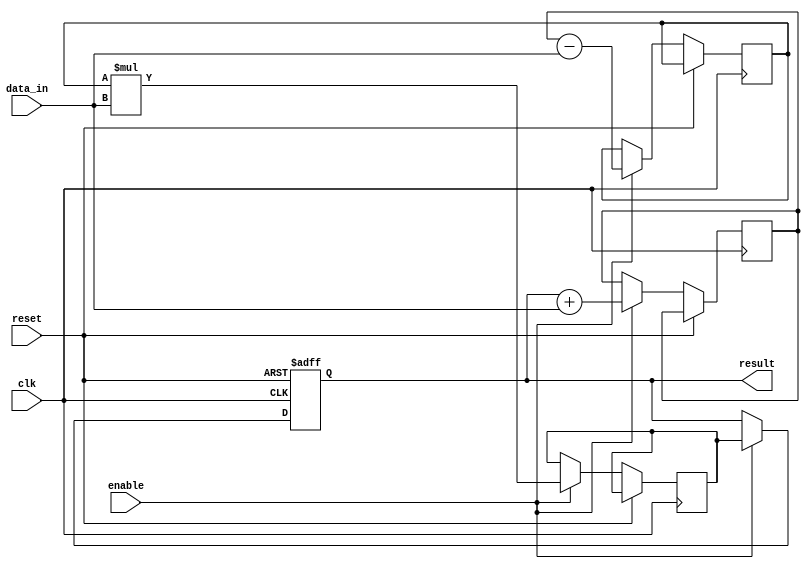
module PipelineAccumulator (
  input clk,
  input reset,
  input [31:0] data_in,
  input enable,
  output reg [31:0] result
);

reg [31:0] stage1_out, stage2_out, stage3_out;

always @(posedge clk or posedge reset) begin
  if (reset)
    result <= 0;
  else if (enable) begin
    // Stage 1: Addition
    stage1_out <= result + data_in;
    
    // Stage 2: Subtraction
    stage2_out <= stage1_out - data_in;
    
    // Stage 3: Multiplication
    stage3_out <= stage2_out * data_in;
    
    // Accumulate results
    result <= stage3_out;
  end
end

endmodule